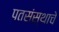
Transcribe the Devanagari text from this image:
पतसंस्थाचे